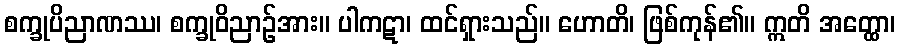
စက္ခုပိညာဏဿ၊ စက္ခုဝိညာဉ်အား။ ပါကဋာ၊ ထင်ရှားသည်။ ဟောတိ၊ ဖြစ်ကုန်၏။ ဣတိ အတ္ထော၊